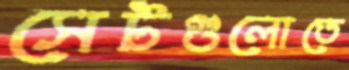
সেটগুলোতে